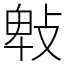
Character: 㪏